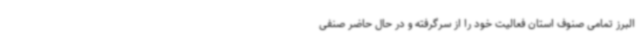
البرز تمامی صنوف استان فعالیت خود را از سرگرفته و در حال حاضر صنفی